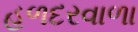
હળદરવાળા